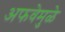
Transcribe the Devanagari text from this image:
अफवेमुळे